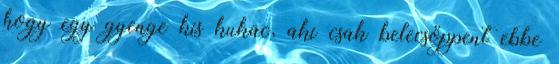
hogy egy gyenge kis kukac, aki csak belecsöppent ebbe